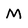
Character: M